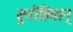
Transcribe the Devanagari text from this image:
सुनीतिमान्‌